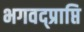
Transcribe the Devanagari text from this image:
भगवद्प्राप्ति